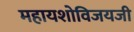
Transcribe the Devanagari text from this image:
महायशोविजयजी